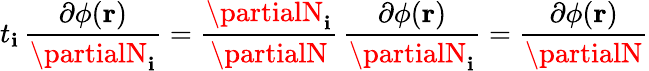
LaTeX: t_{\mathbf{i}}\, \frac{{\partial\phi(\mathbf{{r}})}}{{\partialN_{\mathbf{i}}}}=\frac{{\partialN_{\mathbf{i}}}}{{\partialN}}\, \frac{{\partial\phi(\mathbf{{r}})}}{{\partialN_{\mathbf{i}}}}=\frac{{\partial\phi(\mathbf{{r}})}}{{\partialN}}